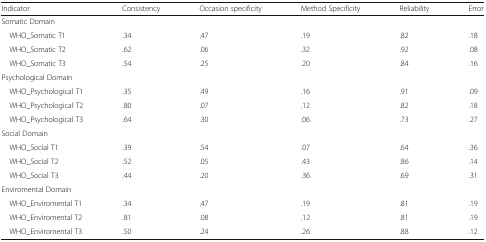
| Indicator | Consistency | Occasion specificity | Method Specificity | Reliability | Error |
 | --- | --- | --- | --- | --- | --- |
 | <COLSPAN=6> Somatic Domain |
 | WHO_Somatic T1 | .34 | .47 | .19 | .82 | .18 |
 | WHO_Somatic T2 | .62 | .06 | .32 | .92 | .08 |
 | WHO_Somatic T3 | .54 | .25 | .20 | .84 | .16 |
 | <COLSPAN=6> Psychological Domain |
 | WHO_Psychological T1 | .35 | .49 | .16 | .91 | .09 |
 | WHO_Psychological T2 | .80 | .07 | .12 | .82 | .18 |
 | WHO_Psychological T3 | .64 | .30 | .06 | .73 | .27 |
 | <COLSPAN=6> Social Domain |
 | WHO_Social T1 | .39 | .54 | .07 | .64 | .36 |
 | WHO_Social T2 | .52 | .05 | .43 | .86 | .14 |
 | WHO_Social T3 | .44 | .20 | .36 | .69 | .31 |
 | <COLSPAN=6> Enviromental Domain |
 | WHO_Enviromental T1 | .34 | .47 | .19 | .81 | .19 |
 | WHO_Enviromental T2 | .81 | .08 | .12 | .81 | .19 |
 | WHO_Enviromental T3 | .50 | .24 | .26 | .88 | .12 |